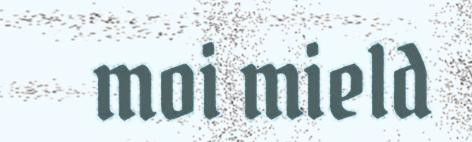
moi mield